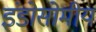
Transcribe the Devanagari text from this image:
इंडोसोमीय